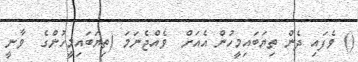
() ވެފައި ދެން ތިޔަބައިމީހުން އެއަށް  ވެއްޖެނަމަ (ތިޔަބައިމީހުންގެ  ވާނީ